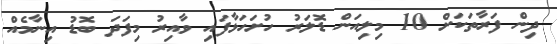
ދިން ފަރާތަކަށް 10 މިލިއަން ޑޮލަރު ހުށަހަޅާފައި ވާއިރު މިފަދަ ބޮޑު އިނާމެއް